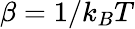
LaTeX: \beta=1/k_{B}T